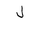
Letter: _lam